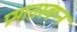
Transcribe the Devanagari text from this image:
प्रभातस्वप्न